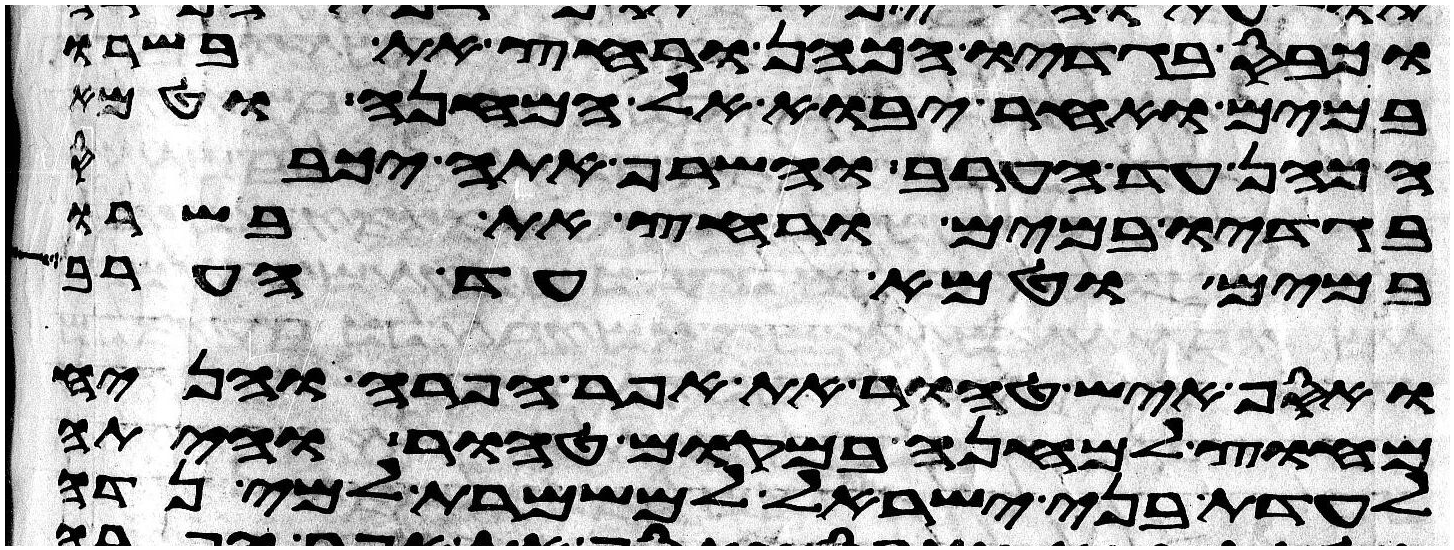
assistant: וכבס בגדיו הכהן ורחץ את בשרו
במים ואחר יבוא אל המחנה וטמא
הכהן עד הערב והשרף אתה יכבס
בגדיו במים ורחץ את בשרו
במים וטמא עד הערב
ואסף איש טהור את אפר הפרה והניח
מחוץ למחנה במקום טהור והיתה
לעדת בני ישראל למשמרת למי נדה